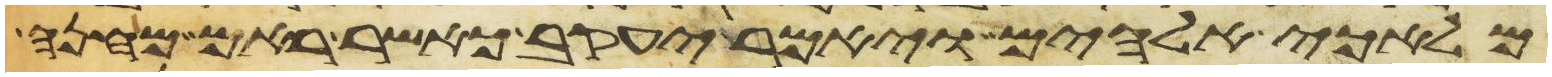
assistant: מלאכי אלהים ויאמר יעקב כאשר ראם מחנה